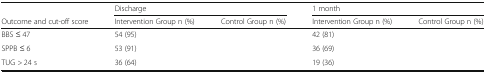
<table><thead><tr><td>[EMPTY_CELL]</td><td colspan="2"><b>Discharge</b></td><td colspan="2"><b>1 month</b></td></tr><tr><td><b>Outcome and cut-off score</b></td><td><b>Intervention Group n (%)</b></td><td><b>Control Group n (%)</b></td><td><b>Intervention Group n (%)</b></td><td><b>Control Group n (%)</b></td></tr></thead><tbody><tr><td>BBS ≤ 47</td><td>54 (95)</td><td>[EMPTY_CELL]</td><td>42 (81)</td><td>[EMPTY_CELL]</td></tr><tr><td>SPPB ≤ 6</td><td>53 (91)</td><td>[EMPTY_CELL]</td><td>36 (69)</td><td>[EMPTY_CELL]</td></tr><tr><td>TUG &gt; 24 s</td><td>36 (64)</td><td>[EMPTY_CELL]</td><td>19 (36)</td><td>[EMPTY_CELL]</td></tr></tbody></table>